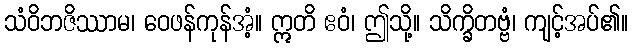
သံဝိဘဇိဿာမ၊ ဝေဖန်ကုန်အံ့။ ဣတိ ဧဝံ၊ ဤသို့။ သိက္ခိတဗ္ဗံ၊ ကျင့်အပ်၏။